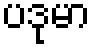
ပဒုမာ